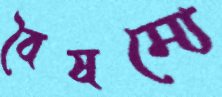
বৈষম্যে